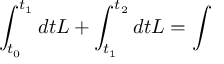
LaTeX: \int _ { t _ { 0 } } ^ { t _ { 1 } } d t L + \int _ { t _ { 1 } } ^ { t _ { 2 } } d t L = \int